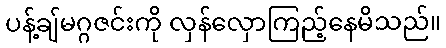
ပန့်ချ်မဂ္ဂဇင်းကို လှန်လှောကြည့်နေမိသည်။